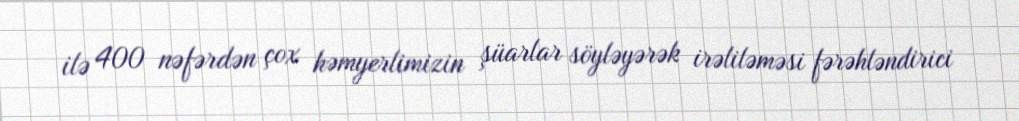
ilə 400 nəfərdən çox həmyerlimizin şüarlar söyləyərək irəliləməsi fərəhləndirici